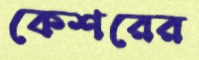
কেশরের